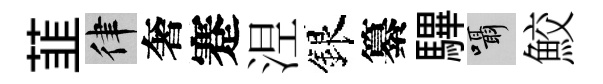
韮律奢蹇𣵀銀纂驆囁鮫